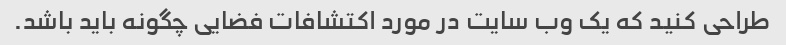
طراحی کنید که یک وب سایت در مورد اکتشافات فضایی چگونه باید باشد.